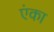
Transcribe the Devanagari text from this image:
एंका